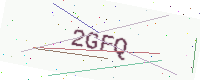
Text: 2GFQ